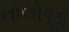
નોલોજી